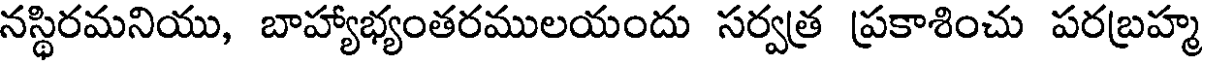
నస్థిరమనియు, బాహ్యాభ్యంతరములయందు సర్వత్ర ప్రకాశించు పరబ్రహ్మ